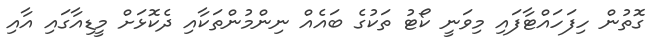
ގޮތުން ހިފަހައްޓާފައި މިވަނީ ކޯޓު ތަކުގެ ބައެއް ނިންމުންތަކާއި ދެކޮޅަށް މީޑިއާގައި އާއި